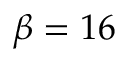
\beta = 1 6